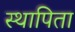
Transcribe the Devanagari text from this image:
स्थापिता